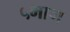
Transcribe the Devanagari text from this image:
५भाग